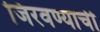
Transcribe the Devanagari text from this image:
जिरवण्याची